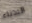
البدناء